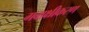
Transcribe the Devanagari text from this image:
गवाक्षीकरण